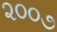
૨૦૦૭